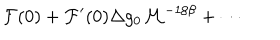
{ \cal F } ( 0 ) + { \cal F } ^ { \prime } ( 0 ) \Delta g _ { 0 } { \cal M } ^ { - 1 / \beta } + \cdots